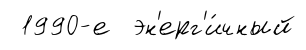
1990-е эн'ерг'и́чный